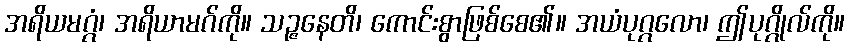
အရိယမဂ္ဂံ၊ အရိယာမဂ်ကို။ သဉ္ဇနေတိ၊ ကောင်းစွာဖြစ်စေ၏။ အယံပုဂ္ဂလော၊ ဤပုဂ္ဂိုလ်ကို။